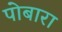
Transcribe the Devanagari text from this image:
पोबारा